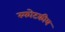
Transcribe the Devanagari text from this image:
स्फोटकीय